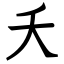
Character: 夭